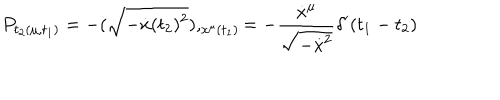
P _ { t _ { 2 } ( \mu , t _ { 1 } ) } = - ( \sqrt { - \dot { x } ( t _ { 2 } ) ^ { 2 } } ) , _ { x ^ { \mu } ( t _ { 1 } ) } = - { \frac { \dot { x } ^ { \mu } } { \sqrt { - \dot { x } ^ { 2 } } } } \delta ^ { \prime } ( t _ { 1 } - t _ { 2 } )